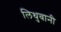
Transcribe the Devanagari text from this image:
लिथुवानी